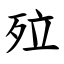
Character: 㱞